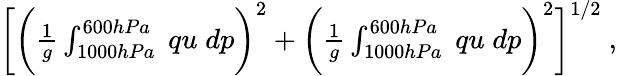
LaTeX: \begin{array}{r}{\bigg[\biggl(\frac{1}{g}\int_{1000hPa}^{600hPa}\; qu\; dp\biggr)^{2}+\biggl(\frac{1}{g}\int_{1000hPa}^{600hPa}\; qu\; dp\biggr)^{2}\bigg]^{1/2}~,}\end{array}